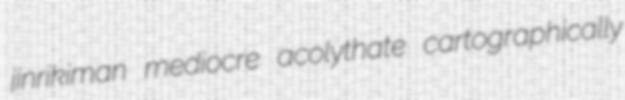
jinrikiman mediocre acolythate cartographically